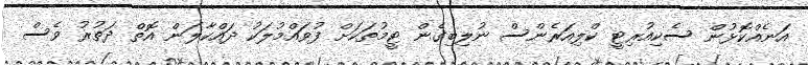
އަނެއްކޮޅުން ސެކިއުރިޓީ ކްލިއަރެންސް ނުލިބިގެން ޓީމުތަކަށް ފުވައްމުލަކު ދައްކާލަން އޮތް ދަތުރު ވެސް